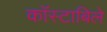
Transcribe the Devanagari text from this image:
काॅस्टाबिले